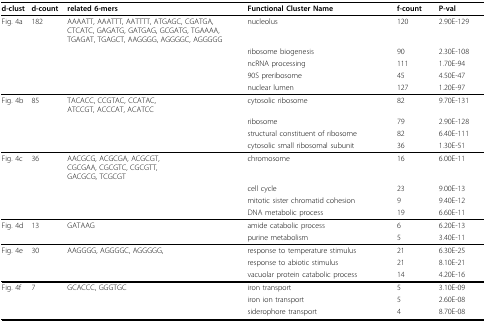
<table><thead><tr><td><b>d-clust</b></td><td><b>d-count</b></td><td><b>related 6-mers</b></td><td><b>Functional Cluster Name</b></td><td><b>f-count</b></td><td><b>P-val</b></td><td></td></tr></thead><tbody><tr><td>Fig. 4a</td><td>182</td><td>AAAATT, AAATTT, AATTTT, ATGAGC, CGATGA, CTCATC, GAGATG, GATGAG, GCGATG, TGAAAA, TGAGAT, TGAGCT, AAGGGG, AGGGGC, AGGGGG</td><td>nucleolus</td><td>120</td><td>2.90E-129</td><td></td></tr><tr><td></td><td></td><td></td><td>ribosome biogenesis</td><td>90</td><td>2.30E-108</td><td></td></tr><tr><td></td><td></td><td></td><td>ncRNA processing</td><td>111</td><td>1.70E-94</td><td></td></tr><tr><td></td><td></td><td></td><td>90S preribosome</td><td>45</td><td>4.50E-47</td><td></td></tr><tr><td></td><td></td><td></td><td>nuclear lumen</td><td>127</td><td>1.20E-97</td><td></td></tr><tr><td>Fig. 4b</td><td>85</td><td>TACACC, CCGTAC, CCATAC,ATCCGT, ACCCAT, ACATCC</td><td>cytosolic ribosome</td><td>82</td><td>9.70E-131</td><td></td></tr><tr><td></td><td></td><td></td><td>ribosome</td><td>79</td><td>2.90E-128</td><td></td></tr><tr><td></td><td></td><td></td><td>structural constituent of ribosome</td><td>82</td><td>6.40E-111</td><td></td></tr><tr><td></td><td></td><td></td><td>cytosolic small ribosomal subunit</td><td>36</td><td>1.30E-51</td><td></td></tr><tr><td>Fig. 4c</td><td>36</td><td>AACGCG, ACGCGA, ACGCGT,CGCGAA, CGCGTC, CGCGTT,GACGCG, TCGCGT</td><td>chromosome</td><td>16</td><td>6.00E-11</td><td></td></tr><tr><td></td><td></td><td></td><td>cell cycle</td><td>23</td><td>9.00E-13</td><td></td></tr><tr><td></td><td></td><td></td><td>mitotic sister chromatid cohesion</td><td>9</td><td>9.40E-12</td><td></td></tr><tr><td></td><td></td><td></td><td>DNA metabolic process</td><td>19</td><td>6.60E-11</td><td></td></tr><tr><td>Fig. 4d</td><td>13</td><td>GATAAG</td><td>amide catabolic process</td><td>6</td><td>6.20E-13</td><td></td></tr><tr><td></td><td></td><td></td><td>purine metabolism</td><td>5</td><td>3.40E-11</td><td></td></tr><tr><td>Fig. 4e</td><td>30</td><td>AAGGGG, AGGGGC, AGGGGG,</td><td>response to temperature stimulus</td><td>21</td><td>6.30E-25</td><td></td></tr><tr><td></td><td></td><td></td><td>response to abiotic stimulus</td><td>21</td><td>8.10E-21</td><td></td></tr><tr><td></td><td></td><td></td><td>vacuolar protein catabolic process</td><td>14</td><td>4.20E-16</td><td></td></tr><tr><td>Fig. 4f</td><td>7</td><td>GCACCC, GGGTGC</td><td>iron transport</td><td>5</td><td>3.10E-09</td><td></td></tr><tr><td></td><td></td><td></td><td>iron ion transport</td><td>5</td><td>2.60E-08</td><td></td></tr><tr><td></td><td></td><td></td><td>siderophore transport</td><td>4</td><td>8.70E-08</td><td></td></tr></tbody></table>